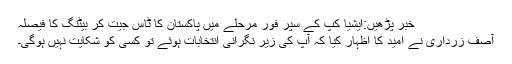
خبر پڑھیں:ایشیا کپ کے سپر فور مرحلے میں پاکستان کا ٹاس جیت کر بیٹنگ کا فیصلہ
آصف زرداری نے امید کا اظہار کیا کہ آپ کی زیر نگرانی انتخابات ہوئے تو کسی کو شکایت نہیں ہوگی۔